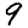
Digit: 9